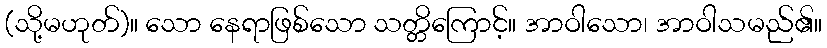
(သို့မဟုတ်)။ သော နေရာဖြစ်သော သတ္တိကြောင့်။ အာဝါသော၊ အာဝါသမည်၏။